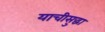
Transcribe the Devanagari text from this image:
याचीसुद्धा